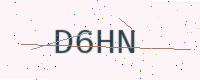
Text: D6HN